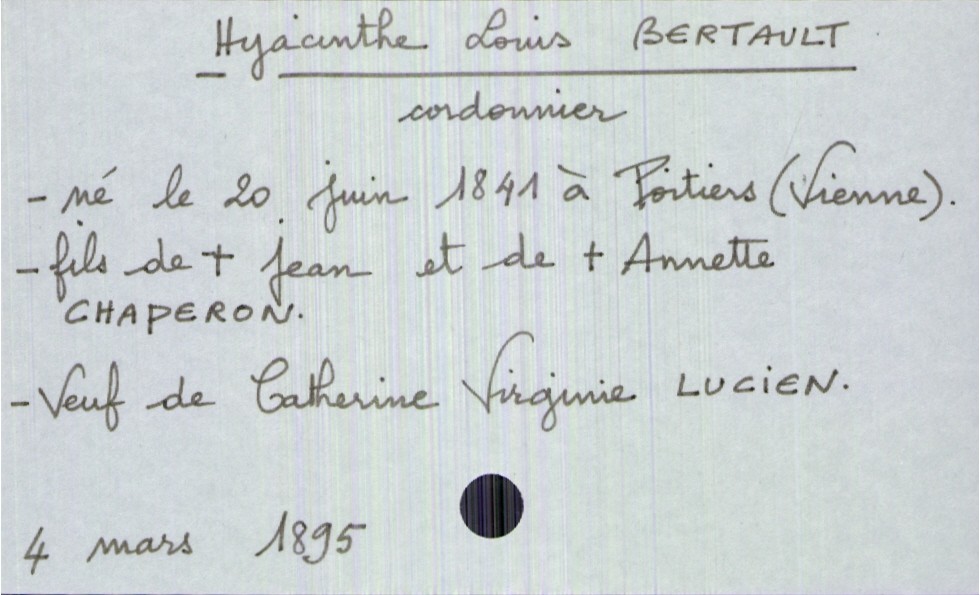
type_acte: Décès
année: 1895
mois: mars
jour: 4
défunt_nom: Bertault
défunt_prénom: Hyacinthe Louis
défunt_sexe: H
défunt_profession: cordonnier
défunt_date_de_naissance: 20 juin 1841
défunt_lieu_de_naissance: Poitiers (Vienne)
défunt_statut: veuf(ve)
père_défunt_nom: Bertault
père_défunt_prénom: Jean
père_défunt_statut: décédé
mère_défunt_nom: Chaperon
mère_défunt_prénom: Annette
mère_défunt_statut: décédée